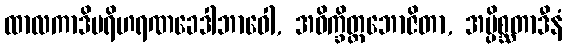
ထာလကာဒိပရိဟရဏခေဒါဘာဝေါ, အဝိက္ခိတ္တဘောဇိတာ, အပ္ပိစ္ဆတာဒီနံ